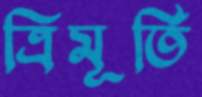
ত্রিমূর্তি